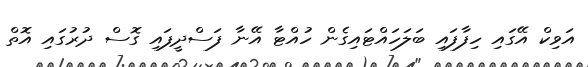
އަވިކް އޭގައި ހިފާފައި ބަލަހައްޓައިގެން ހުއްޓާ އޭނާ ފަސްދީފައި ގޮސް ދުރުގައި އޮތް